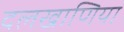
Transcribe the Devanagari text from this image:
दलखाणिया